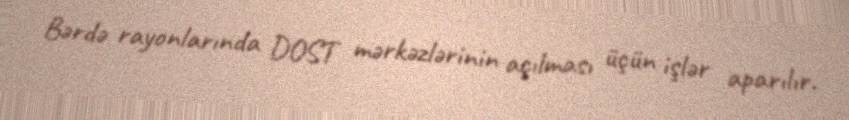
Bərdə rayonlarında DOST mərkəzlərinin açılması üçün işlər aparılır.